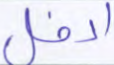
ادخل